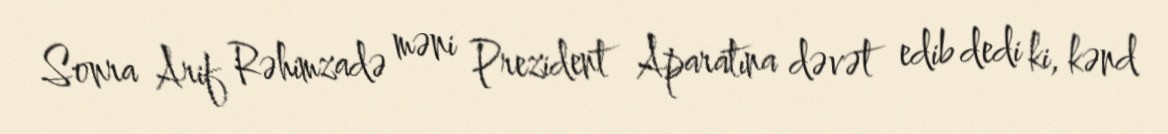
Sonra Arif Rəhimzadə məni Prezident Aparatına dəvət edib dedi ki, kənd